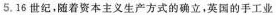
5.16世纪，随着资本主义生产方式的确立，英国的手工业